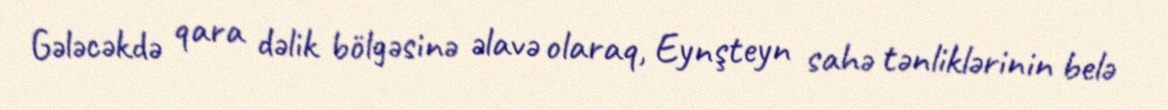
Gələcəkdə qara dəlik bölgəsinə əlavə olaraq, Eynşteyn sahə tənliklərinin belə